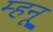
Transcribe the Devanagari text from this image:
म्हनू